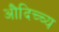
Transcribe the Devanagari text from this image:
औदिच्च्य